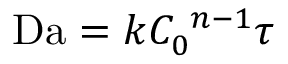
\mathrm { D a } = k C _ { 0 } ^ { \ n - 1 } \tau